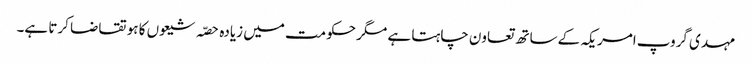
مہدی گروپ امریکہ کے ساتھ تعاون چاہتا ہے مگر حکومت میں زیادہ حصّہ شیعوں کا ہو تقاضا کرتا ہے۔